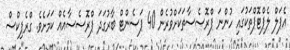
އެޕަލް ލެޕްޓޮޕްތަކުގައި ހުންނަ ޕްރޮސެސާތަކަށްވުރެން 40 ޕަސެންޓް ބާރުގަދަ ޕްރޮސެސާއެއް ކަމަށެވެ. ގްރެޕިކްސް